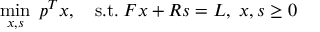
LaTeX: \operatorname* { m i n } _ { x , s } \; p ^ { T } x , \quad { \mathrm { s . t . } } \; F x + R s = L , \; x , s \geq 0